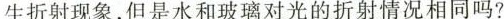
生折射现象，但是水和玻璃对光的折射情况相同吗?